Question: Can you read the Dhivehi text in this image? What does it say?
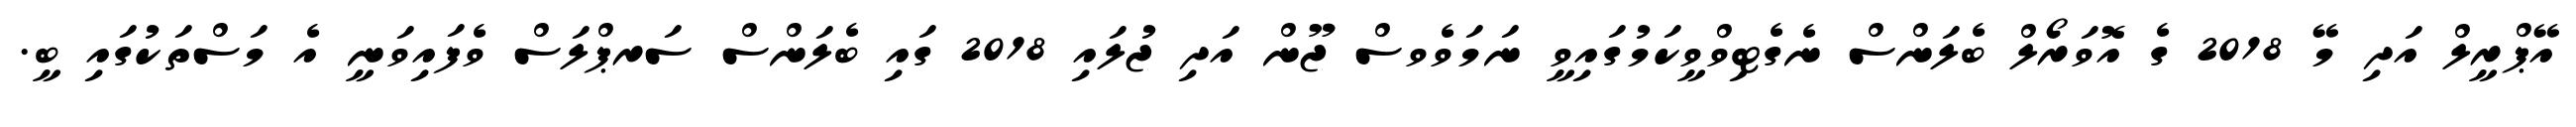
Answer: އޭޕްރީލް އަދި މޭ 2018 ގެ އޮވަރޯލް ބެލަންސް ނެގެޓިވްވީކަމުގައިވީ ނަމަވެވސް ޖޫން އަދި ޖުލައި 2018 ގައި ބެލަންސް ސަރޕްލަސް ވެފައިވަނީ އެ މަސްތަކުގައި ބީ.